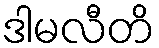
ဒါမလီတိ